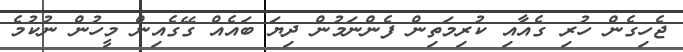
ޖެހިގެން ހުރި ގެއާއި ކުރިމަތިން ފެންނަމުން ދިޔަ ބައެއް ގޭގެއިން މީހުން ނުކުމެ